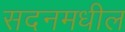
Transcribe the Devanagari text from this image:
सदनमधील